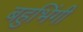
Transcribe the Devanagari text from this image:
बहुभिंगी